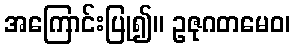
အကြောင်းပြု၍။ ဥဇုဂတမေဝ၊